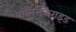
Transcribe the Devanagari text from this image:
पॉलिसैकैराइड